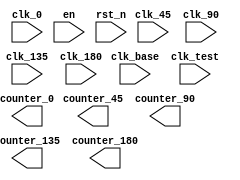
module impulse_measure(input clk_base,
							  input clk_0,input clk_45,input clk_90,input clk_135,input clk_180,
							  input clk_test,input en,input rst_n,
							  output reg[31:0] counter_0,
							  output reg[31:0] counter_45,
							  output reg[31:0] counter_90,
							  output reg[31:0] counter_135,
							  output reg[31:0] counter_180);
endmodule
//
module getImpulse_equal(input clk_en,input clk_base,input clk_test,
					output reg[31:0] base_count_1,output reg[31:0] base_count_2,
					output reg isCount = 0);
	reg[31:0] base_count_1_hide;
	reg[31:0] base_count_2_hide;
	//
	always@(posedge clk_test)begin
		if(clk_en)
			isCount <= 1;
		else begin
			isCount <= 0;
		end
	end
	//
	always@(posedge clk_base)begin
		if(isCount)begin
			if(clk_test)
				base_count_2_hide<= base_count_2_hide+1;
			else
				base_count_1_hide<= base_count_1_hide+1;
		end
		else begin
			base_count_2_hide <= 0;
			base_count_1_hide <= 0;
		end		
	end
	//
	always@(negedge isCount)begin
		base_count_1  <= base_count_1_hide;
		base_count_2  <= base_count_2_hide;
	end
endmodule 
// 
module getImpulse_cycle(input clk_base,input clk_test,
					output reg[31:0] base_count,
					output reg isCount = 0);
	reg[31:0] base_count_hide;
	//
	always@(posedge clk_test)begin
		if(isCount)
			isCount <= 0;
		else 
			isCount <= 1;
	end
	//
	always@(posedge clk_base)begin
		if(isCount)begin
			if(clk_test)
				base_count_hide<= base_count_hide+1;
		end
		else 
			base_count_hide <= 0;
		
	end
	//
	always@(negedge isCount)begin
		base_count  <= base_count_hide;
	end
endmodule
/*
* 
* module SELECT_REG
READ_EQU_B_1_L 
READ_EQU_B_1_H 
READ_EQU_B_2_L 
READ_EQU_B_2_H 
READ_EQU_T_L 
READ_EQU_T_H 
* */
module SELECT_REG_I(input [2:0] ADDR,input En,
						output reg READ_EQU_B_1_L = 0,
						output reg READ_EQU_B_1_H = 0,
						output reg READ_EQU_B_2_L = 0,
						output reg READ_EQU_B_2_H = 0,
						output reg READ_EQU_T_L = 0,
						output reg READ_EQU_T_H = 0,
						output reg IRQ_REGISTER = 0);
	always @(*)begin
		if(En)
			case(ADDR)
				3'b000:begin
					READ_EQU_B_1_L <= 1;
					READ_EQU_B_1_H <= 0;
					READ_EQU_B_2_L <= 0;
					READ_EQU_B_2_H <= 0;
					READ_EQU_T_L <= 0;
					READ_EQU_T_H <= 0;
					IRQ_REGISTER <= 0;
				end
				3'b001:begin
					READ_EQU_B_1_L <= 0;
					READ_EQU_B_1_H <= 1;
					READ_EQU_B_2_L <= 0;
					READ_EQU_B_2_H <= 0;
					READ_EQU_T_L <= 0;
					READ_EQU_T_H <= 0;
					IRQ_REGISTER <= 0;
				end
				3'b010:begin
					READ_EQU_B_1_L <= 0;
					READ_EQU_B_1_H <= 0;
					READ_EQU_B_2_L <= 1;
					READ_EQU_B_2_H <= 0;
					READ_EQU_T_L <= 0;
					READ_EQU_T_H <= 0;
					IRQ_REGISTER <= 0;
				end
				3'b011:begin
					READ_EQU_B_1_L <= 0;
					READ_EQU_B_1_H <= 0;
					READ_EQU_B_2_L <= 0;
					READ_EQU_B_2_H <= 1;
					READ_EQU_T_L <= 0;
					READ_EQU_T_H <= 0;
					IRQ_REGISTER <= 0;
				end
				3'b100:begin
					READ_EQU_B_1_L <= 0;
					READ_EQU_B_1_H <= 0;
					READ_EQU_B_2_L <= 0;
					READ_EQU_B_2_H <= 0;
					READ_EQU_T_L <= 1;
					READ_EQU_T_H <= 0;
					IRQ_REGISTER <= 0;
				end
				3'b101:begin
					READ_EQU_B_1_L <= 0;
					READ_EQU_B_1_H <= 0;
					READ_EQU_B_2_L <= 0;
					READ_EQU_B_2_H <= 0;
					READ_EQU_T_L <= 0;
					READ_EQU_T_H <= 1;
					IRQ_REGISTER <= 0;
				end
				3'b110:begin
					READ_EQU_B_1_L <= 0;
					READ_EQU_B_1_H <= 0;
					READ_EQU_B_2_L <= 0;
					READ_EQU_B_2_H <= 0;
					READ_EQU_T_L <= 0;
					READ_EQU_T_H <= 0;
					IRQ_REGISTER <= 1;
				end
			endcase
		else begin
			READ_EQU_B_1_L <= 0;
			READ_EQU_B_1_H <= 0;
			READ_EQU_B_2_L <= 0;
			READ_EQU_B_2_H <= 0;
			READ_EQU_T_L <= 0;
			READ_EQU_T_H <= 0;
			IRQ_REGISTER <= 0;
		end
	end
endmodule